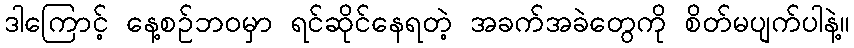
ဒါကြောင့် နေ့စဉ်ဘဝမှာ ရင်ဆိုင်နေရတဲ့ အခက်အခဲတွေကို စိတ်မပျက်ပါနဲ့။